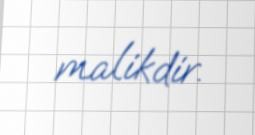
malikdir.